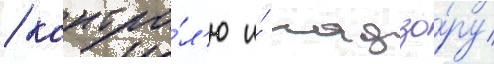
/ контро́л'ю и́ надзо́ру